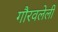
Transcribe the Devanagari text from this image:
गौरवलेली